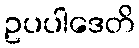
ဥပပါဒေတိ